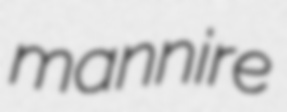
mannire